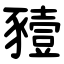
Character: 豷